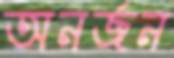
অনর্জন